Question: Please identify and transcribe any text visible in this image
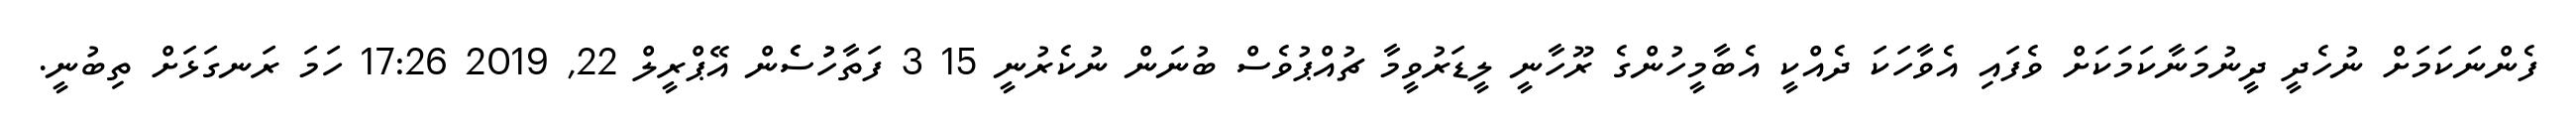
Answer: ފެންނަކަމަށް ނުހެދީ ދީނުމަނާކަމަކަށް ވެފައި އެވާހަކަ ދެއްކީ އެބާމީހުންގެ ރޫހާނީ ލީޑަރުވީމާ ޗުއްޕުވެސް ބުނަން ނުކެރުނީ 15 3 ފަތާހުުސެެން އޭޕްރީލް 22, 2019 17:26 ހަމަ ރަނގަޅަށް ތިބުނީ.